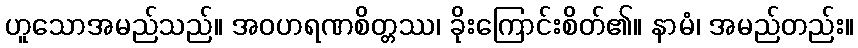
ဟူသောအမည်သည်။ အဝဟရဏစိတ္တဿ၊ ခိုးကြောင်းစိတ်၏။ နာမံ၊ အမည်တည်း။